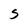
Character: S